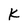
Character: K